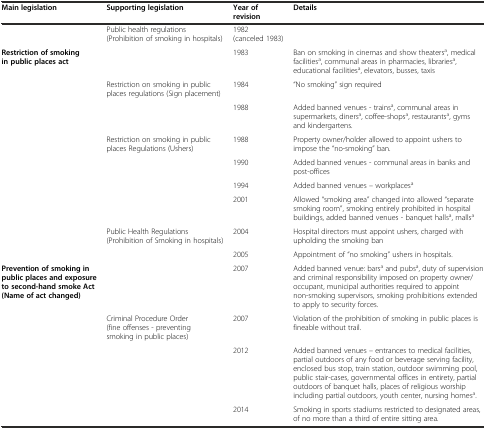
| Main legislation | Supporting legislation | Year of revision | Details |
 | --- | --- | --- | --- |
 |  | Public health regulations (Prohibition of smoking in hospitals) | 1982 (canceled 1983) |  |
 | Restriction of smoking in public places act |  | 1983 | Ban on smoking in cinemas and show theatersa, medical facilitiesa, communal areas in pharmacies, librariesa, educational facilitiesa, elevators, busses, taxis |
 |  | Restriction on smoking in public places regulations (Sign placement) | 1984 | “No smoking” sign required |
 |  |  | 1988 | Added banned venues - trainsa, communal areas in supermarkets, dinersa, coffee-shopsa, restaurantsa, gyms and kindergartens. |
 |  | Restriction on smoking in public places Regulations (Ushers) | 1988 | Property owner/holder allowed to appoint ushers to impose the “no-smoking” ban. |
 |  |  | 1990 | Added banned venues - communal areas in banks and post-offices |
 |  |  | 1994 | Added banned venues – workplacesa |
 |  |  | 2001 | Allowed “smoking area” changed into allowed “separate smoking room”, smoking entirely prohibited in hospital buildings, added banned venues - banquet hallsa, mallsa |
 |  | Public Health Regulations (Prohibition of Smoking in hospitals) | 2004 | Hospital directors must appoint ushers, charged with upholding the smoking ban |
 |  |  | 2005 | Appointment of “no smoking” ushers in hospitals. |
 | Prevention of smoking in public places and exposure to second-hand smoke Act (Name of act changed) |  | 2007 | Added banned venue: barsa and pubsa, duty of supervision and criminal responsibility imposed on property owner/occupant, municipal authorities required to appoint non-smoking supervisors, smoking prohibitions extended to apply to security forces. |
 |  | Criminal Procedure Order (fine offenses - preventing smoking in public places) | 2007 | Violation of the prohibition of smoking in public places is fineable without trail. |
 |  |  | 2012 | Added banned venues – entrances to medical facilities, partial outdoors of any food or beverage serving facility, enclosed bus stop, train station, outdoor swimming pool, public stair-cases, governmental offices in entirety, partial outdoors of banquet halls, places of religious worship including partial outdoors, youth center, nursing homesa. |
 |  |  | 2014 | Smoking in sports stadiums restricted to designated areas, of no more than a third of entire sitting area. |